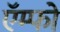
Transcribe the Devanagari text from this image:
ऍम्फो